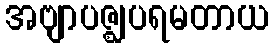
အဗျာပဇ္ဈပရမတာယ